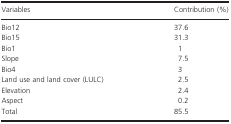
| Variables | Contribution (%) |
 | --- | --- |
 | Bio12 | 37.6 |
 | Bio15 | 31.3 |
 | Bio1 | 1 |
 | Slope | 7.5 |
 | Bio4 | 3 |
 | Land use and land cover (LULC) | 2.5 |
 | Elevation | 2.4 |
 | Aspect | 0.2 |
 | Total | 85.5 |